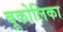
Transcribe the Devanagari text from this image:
बूकोलिका